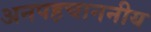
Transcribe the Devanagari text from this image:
अनपहचाननीय